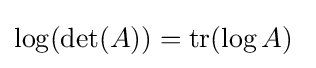
\log(\det(A))=\mathrm {tr} (\log A)~